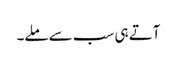
آتے ہی سب سے ملے۔